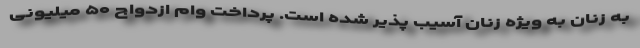
به زنان به ویژه زنان آسیب پذیر شده است. پرداخت وام ازدواج ۵۰ میلیونی